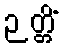
ဉတ္တိံ